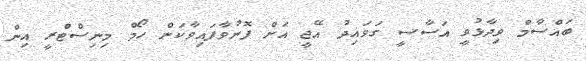
ބައްސާމް ވިދާޅުވީ އަސާސީ ގަވައިދު އޭޖީ އަށް ފޮނުވާފައިވާކަން ހޯމް މިނިސްޓްރީ އިން